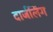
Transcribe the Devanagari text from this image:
दार्जलिंग